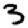
Digit: 3